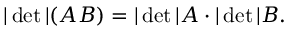
| \operatorname * { d e t } | ( A B ) = | \operatorname * { d e t } | A \cdot | \operatorname * { d e t } | B .